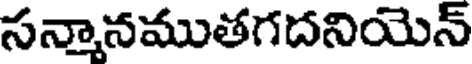
సన్మానముతగదనియెన్